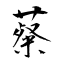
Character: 薒